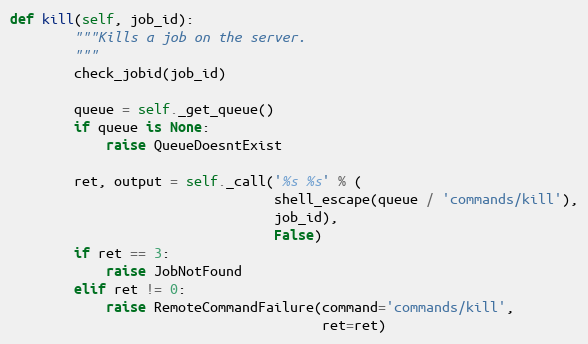
Language: Python
def kill(self, job_id):
        """Kills a job on the server.
        """
        check_jobid(job_id)

        queue = self._get_queue()
        if queue is None:
            raise QueueDoesntExist

        ret, output = self._call('%s %s' % (
                                 shell_escape(queue / 'commands/kill'),
                                 job_id),
                                 False)
        if ret == 3:
            raise JobNotFound
        elif ret != 0:
            raise RemoteCommandFailure(command='commands/kill',
                                       ret=ret)